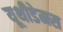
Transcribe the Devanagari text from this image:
यूथीडेमस